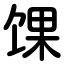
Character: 馃